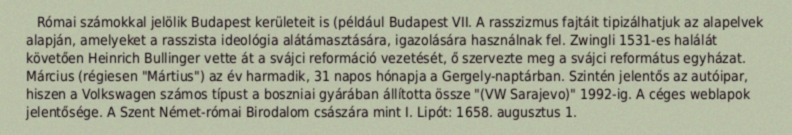
Római számokkal jelölik Budapest kerületeit is (például Budapest VII. A rasszizmus fajtáit tipizálhatjuk az alapelvek alapján, amelyeket a rasszista ideológia alátámasztására, igazolására használnak fel. Zwingli 1531-es halálát követően Heinrich Bullinger vette át a svájci reformáció vezetését, ő szervezte meg a svájci református egyházat. Március (régiesen "Mártius") az év harmadik, 31 napos hónapja a Gergely-naptárban. Szintén jelentős az autóipar, hiszen a Volkswagen számos típust a boszniai gyárában állította össze "(VW Sarajevo)" 1992-ig. A céges weblapok jelentősége. A Szent Német-római Birodalom császára mint I. Lipót: 1658. augusztus 1.